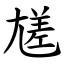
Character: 㞉